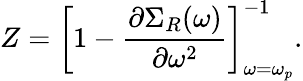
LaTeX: Z=\left[1-\frac{\partial\Sigma_{R}(\omega)}{\partial\omega^{2}}\right]_{\omega=\omega_{p}}^{-1}.